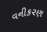
વનીક૨ણ